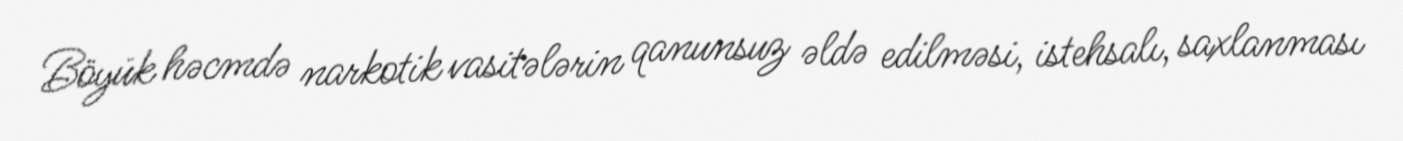
Böyük həcmdə narkotik vasitələrin qanunsuz əldə edilməsi, istehsalı, saxlanması